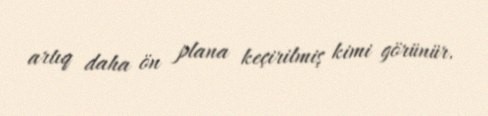
artıq daha ön plana keçirilmiş kimi görünür.